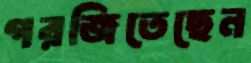
গরজিতেছেন